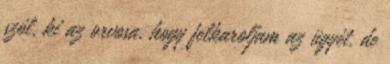
szól, ki az orvosa, hogy felkaroljam az ügyét, de